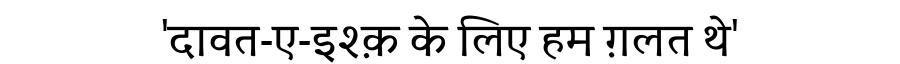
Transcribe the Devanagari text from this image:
'दावत-ए-इश्क़ के लिए हम ग़लत थे'